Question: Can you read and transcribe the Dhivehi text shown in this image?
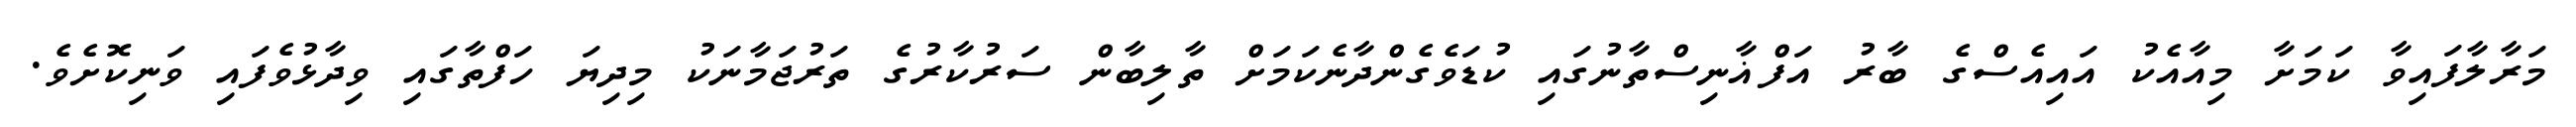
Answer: މަރާލާފައިވާ ކަމަށާ މިއާއެކު އައިއެސްގެ ބާރު އަފްޣާނިސްތާނުގައި ކުޑަވެގެންދާނެކަމަށް ތާލިބާން ސަރުކާރުގެ ތަރުޖަމާނަކު މިދިޔަ ހަފްތާގައި ވިދާޅުވެފައި ވަނިކޮށެވެ.